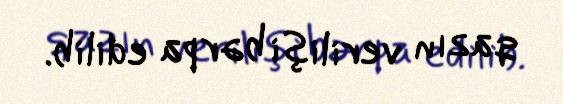
qazın verilişi bərpa edilib.